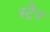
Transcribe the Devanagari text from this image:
स्ट्रैप